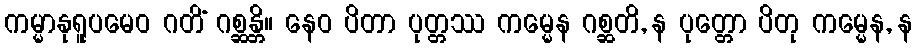
ကမ္မာနုရူပမေဝ ဂတိံ ဂစ္ဆန္တိ။ နေဝ ပိတာ ပုတ္တဿ ကမ္မေန ဂစ္ဆတိ, န ပုတ္တော ပိတု ကမ္မေန, န